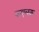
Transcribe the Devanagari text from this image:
कएलक